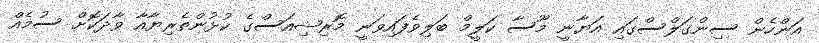
އަންހެން ސިންގަލްސްގައި އަޔާނީ މޫސާ ކަލީމް ބަލިވެފައިވަނީ މޮރިޝިއަސްގެ ކުޅުންތެރިޔާއާ ވާދަކޮށް ސުމެއް